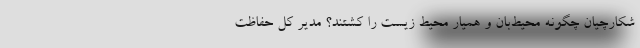
شکارچیان چگونه محیط‌بان و همیار محیط زیست را کشتند؟ مدیر کل حفاظت